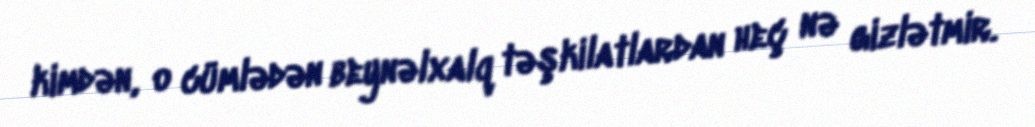
kimdən, o cümlədən beynəlxalq təşkilatlardan heç nə gizlətmir.